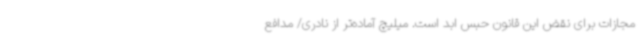
مجازات برای نقض این قانون حبس ابد است. میلیچ آماده‌تر از نادری/ مدافع